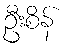
ဦးစိန်